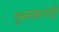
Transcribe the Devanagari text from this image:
पुरस्कारदो